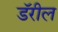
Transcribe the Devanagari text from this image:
डॅरील